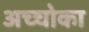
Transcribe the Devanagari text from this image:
अच्चोका